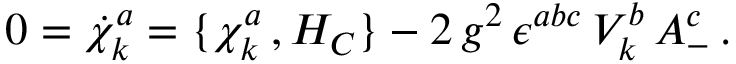
0 = { \dot { \chi } } _ { k } ^ { a } = \{ \chi _ { k } ^ { a } \, , H _ { C } \} - 2 \, g ^ { 2 } \, \epsilon ^ { a b c } \, V _ { k } ^ { b } \, A _ { - } ^ { c } \, .